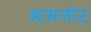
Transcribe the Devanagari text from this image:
आसलोट